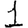
Digit: 1